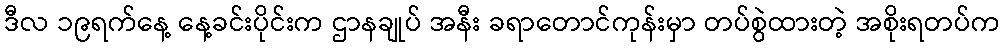
ဒီလ ၁၉ရက်နေ့ နေ့ခင်းပိုင်းက ဌာနချုပ် အနီး ခရာတောင်ကုန်းမှာ တပ်စွဲထားတဲ့ အစိုးရတပ်က